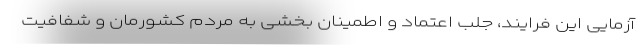
آزمایی این فرایند، جلب اعتماد و اطمینان بخشی به مردم کشورمان و شفافیت